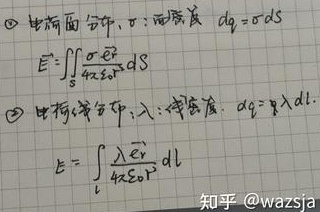
\textcircled{1} 电荷面分布，\(\sigma\)：面密度  \(dq = \sigma dS\)
\[
\vec{E}=\iint_{S}\frac{\sigma \vec{e}_{r}}{4\pi\varepsilon_{0}r^{2}}dS
\]
\textcircled{2} 电荷线分布，\(\lambda\)：线密度，\(dq=\lambda dl\)
\[
\vec{E}=\int_{l}\frac{\lambda \vec{e}_{r}}{4\pi\varepsilon_{0}r^{2}}dl
\]
知乎：wazsja